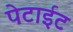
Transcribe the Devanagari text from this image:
पेटाईट